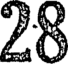
28